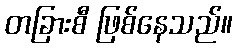
တခြားစီ ဖြစ်နေသည်။